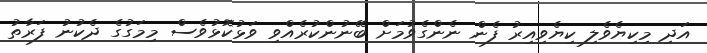
އަދި މިކިޔެވެލި ކިޔެވިއިރު ފެން ނެންގެވުމަށް ބޭނުންކުރެއްވި ވަޅުކޮޅުވެސް މިމަގުގެ ދެކުނު ފަރާތު